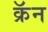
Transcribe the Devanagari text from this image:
क्रॅन